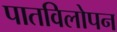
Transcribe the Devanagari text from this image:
पातविलोपन